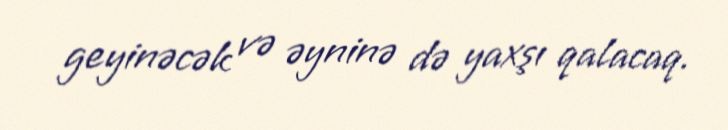
geyinəcək və əyninə də yaxşı qalacaq.